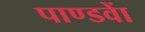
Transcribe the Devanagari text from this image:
पाण्डवाें